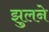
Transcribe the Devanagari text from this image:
झुलने